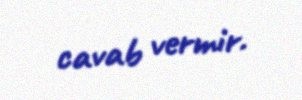
cavab vermir.